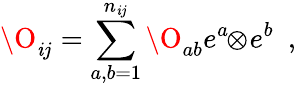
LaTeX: \O_{\mathit{i}j}=\sum_{a,b=1}^{n_{\mathit{i}j}}\O_{ab}e^{a}\! \! \otimes\! e^{b}\ \ ,